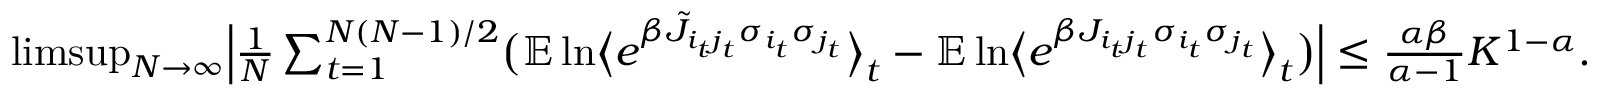
\begin{array} { r } { \operatorname* { l i m s u p } _ { N \to \infty } \Bigl | \frac { 1 } { N } \sum _ { t = 1 } ^ { N ( N - 1 ) / 2 } \bigl ( \mathbb E \ln \bigl \langle e ^ { \beta \tilde { J } _ { i _ { t } j _ { t } } \sigma _ { i _ { t } } \sigma _ { j _ { t } } } \bigr \rangle _ { t } - \mathbb E \ln \bigl \langle e ^ { \beta J _ { i _ { t } j _ { t } } \sigma _ { i _ { t } } \sigma _ { j _ { t } } } \bigr \rangle _ { t } \bigr ) \Bigr | \leq \frac { \alpha \beta } { \alpha - 1 } K ^ { 1 - \alpha } . } \end{array}